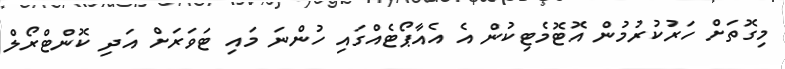
މިގޮތަށް ހަރުކުރުމުން އޮޓޮމެޓިކުން އެ އެއާޕޯޓެއްގައި ހުންނަ މައި ޓަވަރަށް އަދި ކޮންޓްރޯލް